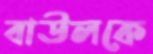
বাউলকে